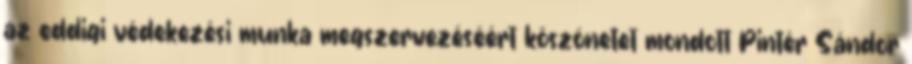
az eddigi védekezési munka megszervezéséért köszönetet mondott Pintér Sándor